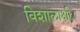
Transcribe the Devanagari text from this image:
विशालाक्षी।